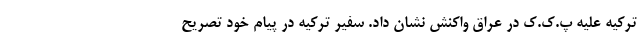
ترکیه علیه پ.ک.ک در عراق واکنش نشان داد. سفیر ترکیه در پیام خود تصریح